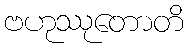
ဗဟုဿုတောတိ